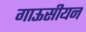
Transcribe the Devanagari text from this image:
गाऊसीयन